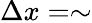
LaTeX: \Delta x=\sim